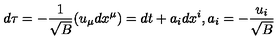
d \tau = - { \frac { 1 } { \sqrt { B } } } ( u _ { \mu } d x ^ { \mu } ) = d t + a _ { i } d x ^ { i } , a _ { i } = - { \frac { u _ { i } } { \sqrt { B } } }